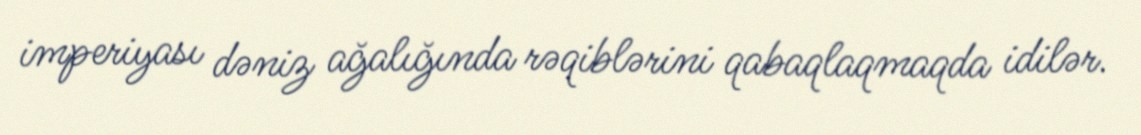
imperiyası dəniz ağalığında rəqiblərini qabaqlaqmaqda idilər.